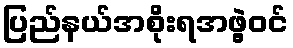
ပြည်နယ်အစိုးရအဖွဲ့ဝင်